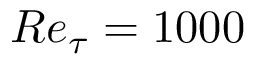
R e _ { \tau } = 1 0 0 0